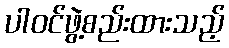
ပါဝင်ဖွဲ့စည်းထားသည့်